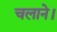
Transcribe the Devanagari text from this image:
चलाने।